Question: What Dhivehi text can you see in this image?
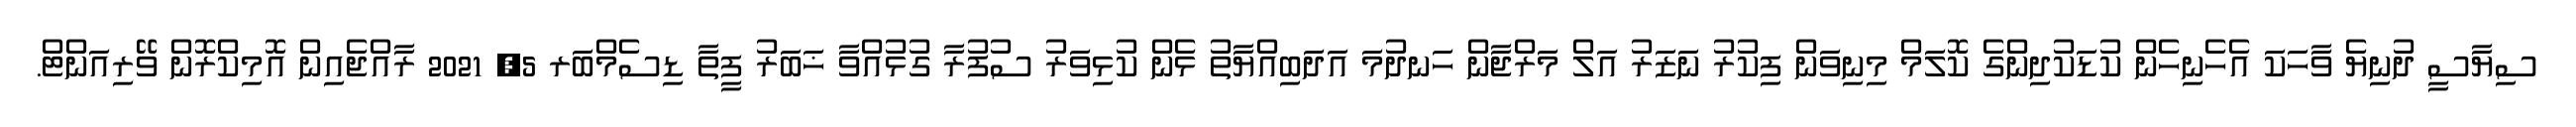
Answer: ސިޔާސީ ދުނިޔެ ވާހަކަ އެހެނިހެން ކުޑަކުދިންގެ ކޮލަމް މިނިވަން ފިކުރު ނަޒަރު އަލް މަރްޖާން ހަނދުމަ އަދަބިއްޔާތު ޅެން ކުޅިވަރު ސުފުރާ ގުޅުއްވާ ޚަބަރު ފީތާ ޑިސެމްބަރ 5, 2021 ރާއްޖެއިން އޮމިކްރޮން ވޭރިއަންޓް.